Leaving Certificate Examination, 1923
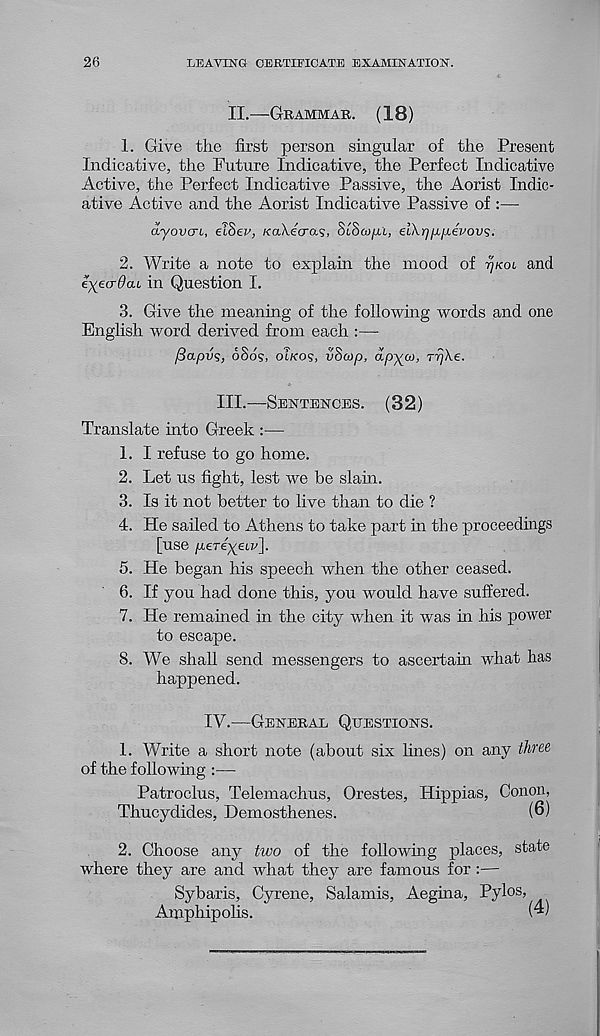
26
LEAVING CERTIFICATE EXAMINATION.
II.—GEAMMAB. (18)
1. Give the first person singular of the Present
Indicative, the Future Indicative, the Perfect Indicative
Active, the Perfect Indicative Passive, the Aorist Indic-
ative Active and the Aorist Indicative Passive of :—
ayovcri, elSev, KoAecras, StSw/ii, el\r)fjLiJLevov<s.
2. Write a note to explain the mood of T/KOI and
eyea-Oai in Question I.
3. Give the meaning of the following words and one
English word derived from each :—
fiapvs, 6Sds, OTKOS, vScop, apyu, Trj\e.
III.—SENTENCES. (32)
Translate into Greek :—
1. I refuse to go home.
2. Let us fight, lest we be slain.
3. Is it not better to live than to die ?
4. He sailed to Athens to take part in the proceedings
[use pLeTeyeuv].
5. He began his speech when the other ceased.
6. If you had done this, you would have suffered.
7. He remained in the city when it was in his power
to escape.
8. We shall send messengers to ascertain what has
happened.
IV.—GENEBAL QUESTIONS.
1. Write a short note (about six lines) on any three
of the following :—
Patroclus, Telemachus, Orestes, Hippias, Conon,
Thucydides, Demosthenes.
(6)
2. Choose any two of the following places, state
where they are and what they are famous for :—
Sybaris, Gyrene, Salamis, Aegina, Pylos,
Amphipolis.
(4)